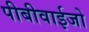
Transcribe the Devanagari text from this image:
पीबीवाईजो